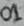
Text: 01